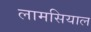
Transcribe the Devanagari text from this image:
लामसियाल